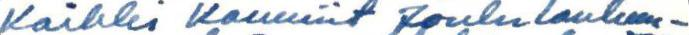
Kaikki Kauniit Joululaulum-